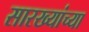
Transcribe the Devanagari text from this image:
सारख्यांच्या